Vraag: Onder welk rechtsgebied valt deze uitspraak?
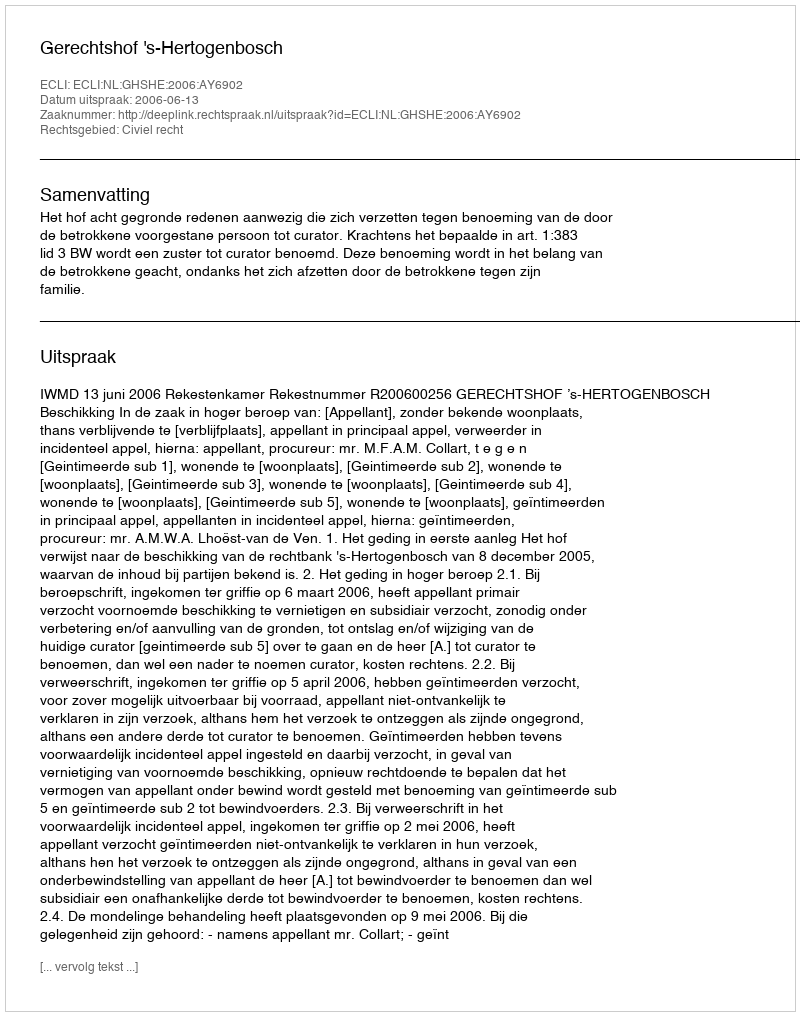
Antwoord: Civiel recht